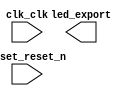

module nesTop (
	clk_clk,
	led_export,
	reset_reset_n);	

	input		clk_clk;
	output	[7:0]	led_export;
	input		reset_reset_n;
endmodule